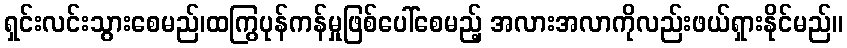
ရှင်းလင်းသွားစေမည်၊ထကြွပုန်ကန်မှုဖြစ်ပေါ်စေမည့် အလားအလာကိုလည်းဖယ်ရှားနိုင်မည်။